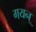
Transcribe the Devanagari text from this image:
गयन्